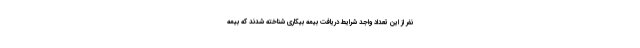
نفر از این تعداد واجد شرایط دریافت بیمه بیکاری شناخته شدند که بیمه